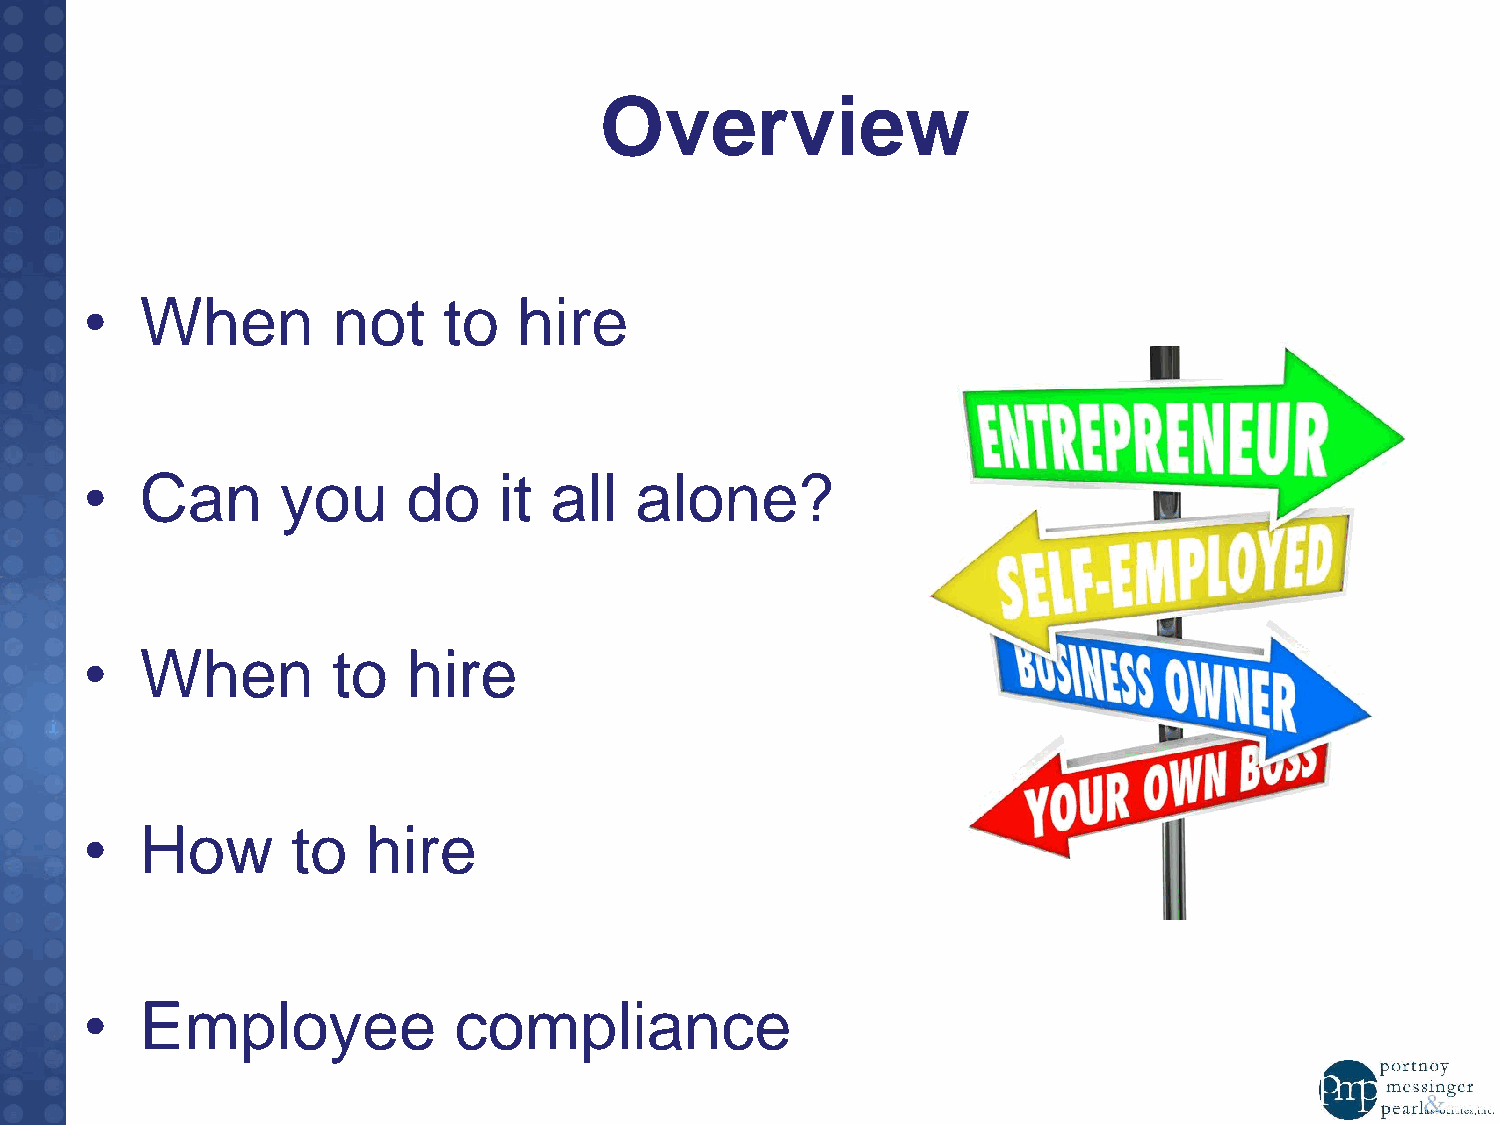
Overview
 •  When         not    to   hire
 •  Can       you     do    it all   alone?
 •  When         to   hire
 •  How       to   hire
 •  Employee             compliance